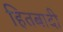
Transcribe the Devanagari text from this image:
हितबादी